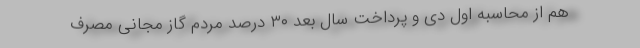
هم از محاسبه اول دی و پرداخت سال بعد ۳۰ درصد مردم گاز مجانی مصرف